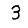
Digit: 3